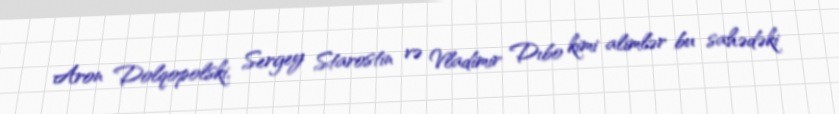
Aron Dolqopolski, Sergey Starostin və Vladimir Dıbo kimi alimlər bu sahədəki